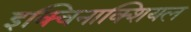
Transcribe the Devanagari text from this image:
इक्विनाक्शियल